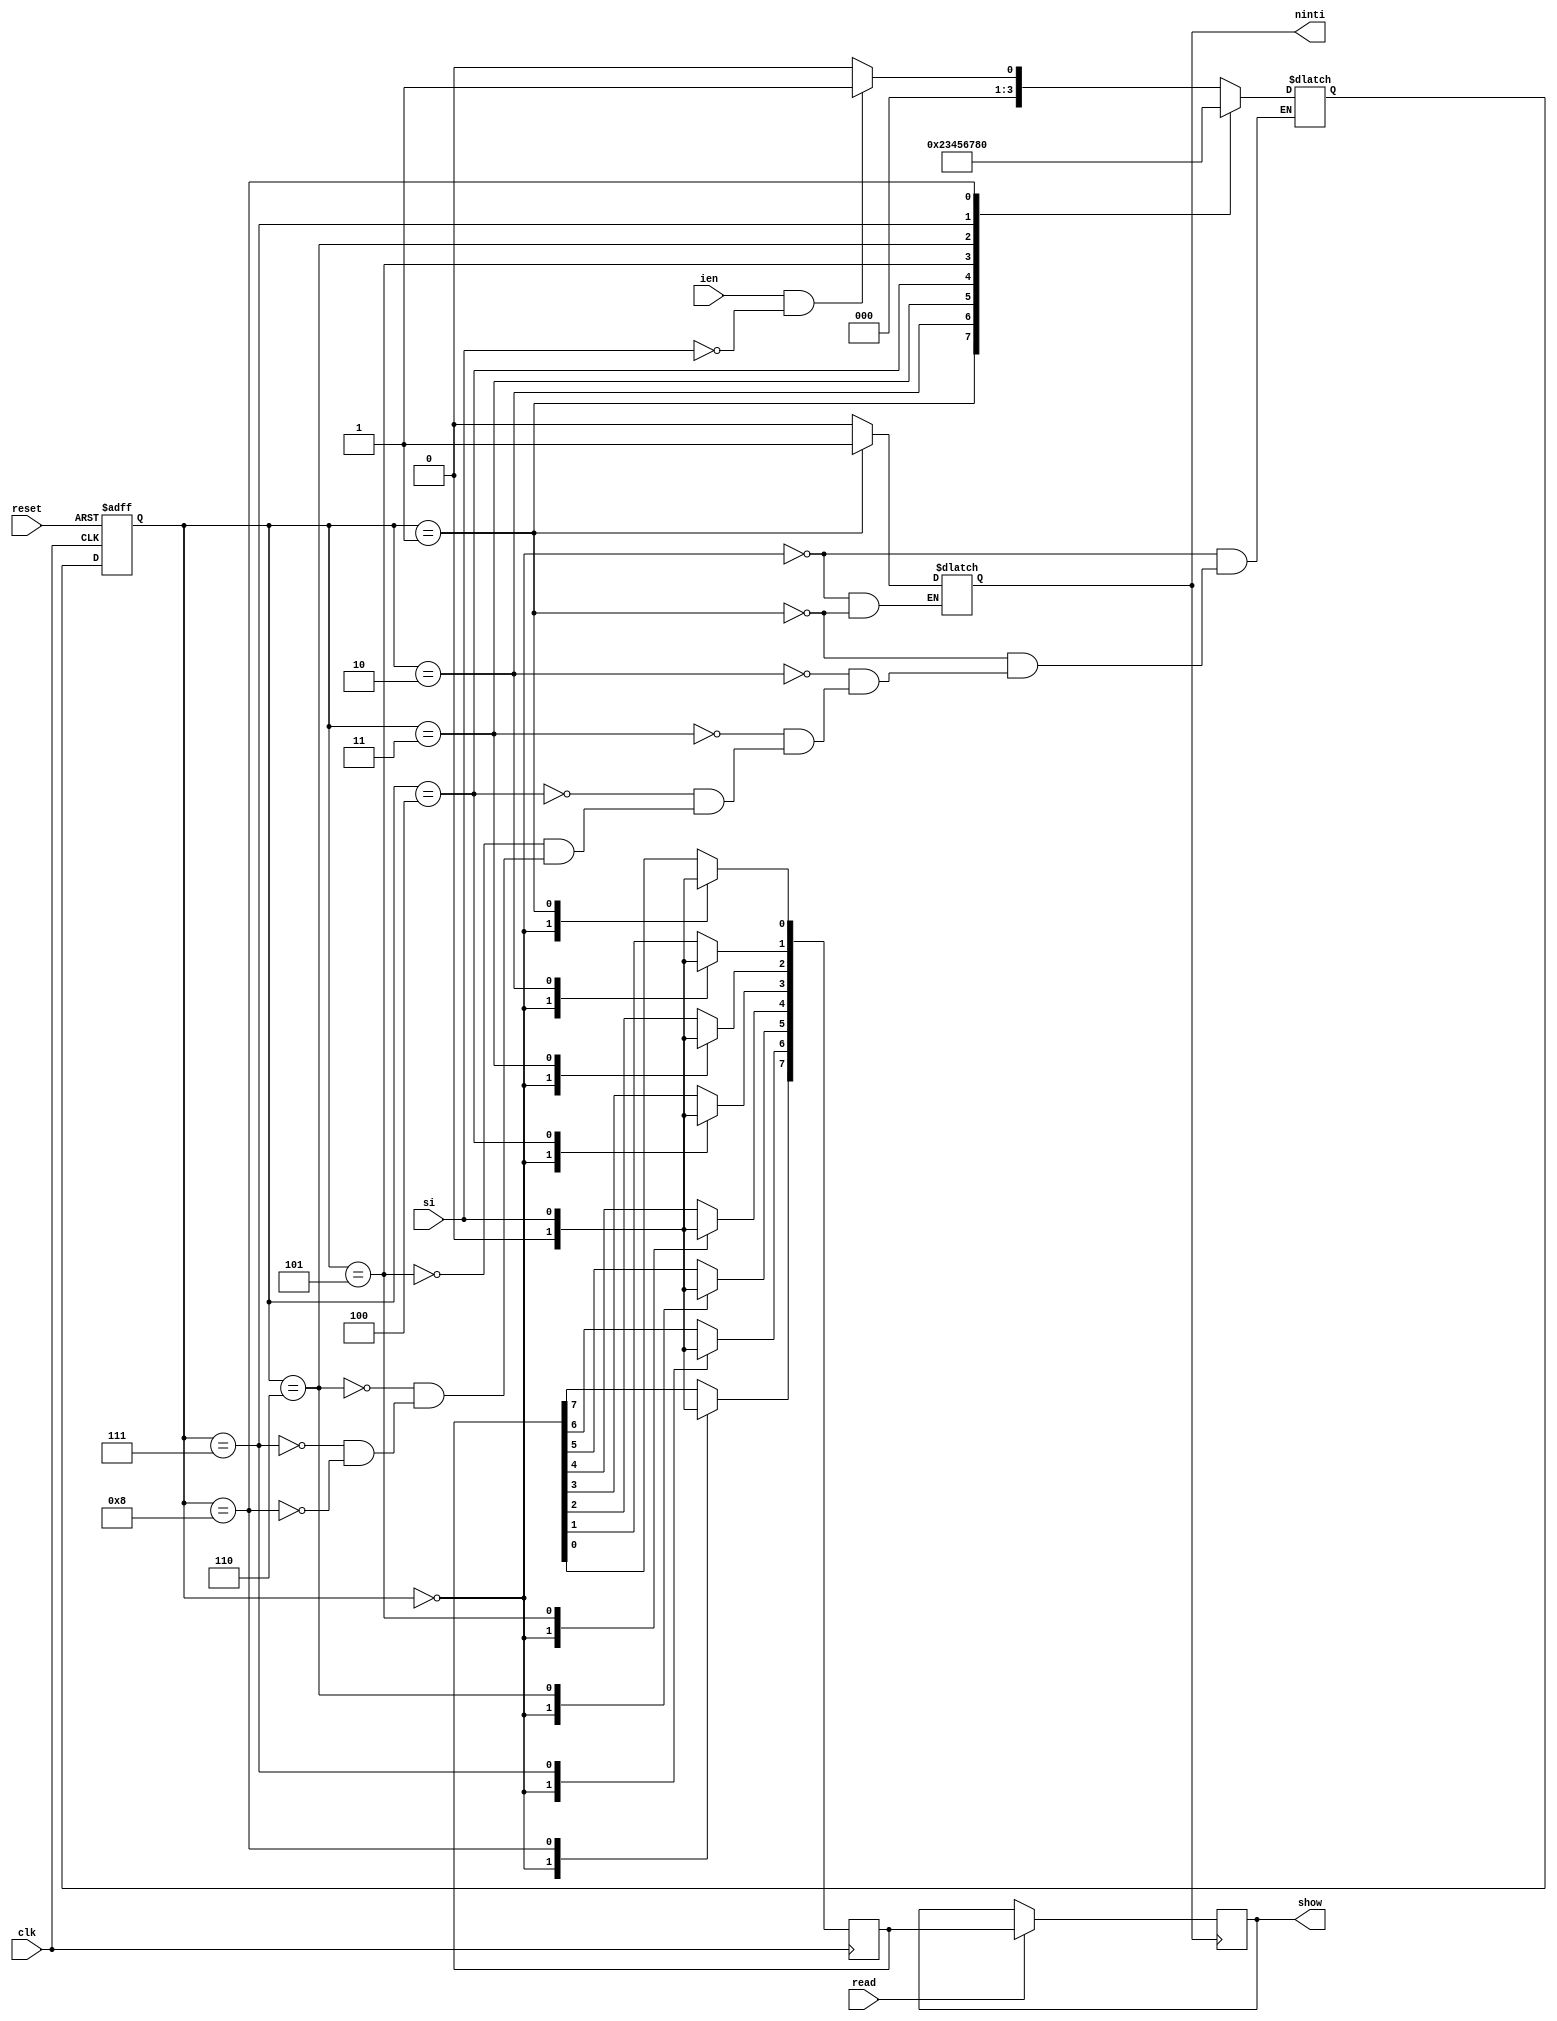
module Reciever(ninti,show,si,clk,reset,ien,read);

input clk,reset,ien,si,read;
output ninti;
output [7:0]show;

reg ninti;
reg [3:0] ns,ps;
reg [7:0] datarecieved;
reg [7:0] show;

always@(negedge clk or negedge reset)
begin
	if(~reset)
		ps <= 4'b0000;
	else
		ps <= ns;
end

always@(ps or ien or reset or si)
begin
	
case(ps)

4'b0000: begin
				ninti <= 1'b0;
				if(ien && (~si))
					ns <= 4'b0001;
				else
					ns <= 4'b0000;
			end
	
4'b0001: begin
				ninti <= 1'b1;
				ns <= 4'b0010;
			end	
			
4'b0010: begin
				ns <= 4'b0011;
			end

4'b0011: begin
				ns <= 4'b0100;
			end

4'b0100: begin
				ns <= 4'b0101;
			end

4'b0101: begin
				ns <= 4'b0110;
			end			
4'b0110: begin
				ns <= 4'b0111;
			end

4'b0111: begin
				ns <= 4'b1000;
			end

4'b1000: begin
				ns <= 4'b0000;
			end
	
endcase
end

always@(negedge clk)
begin
case(ps)

4'b0000: begin
				datarecieved <= 8'b0;
			end
	
4'b0001: begin
				datarecieved[0] <= si;
			end	
			
4'b0010: begin
				datarecieved[1] <= si;
			end

4'b0011: begin
				datarecieved[2] <= si;
			end

4'b0100: begin
				datarecieved[3] <= si;
			end

4'b0101: begin
				datarecieved[4] <= si;
			end			
4'b0110: begin
				datarecieved[5] <= si;
			end

4'b0111: begin
				datarecieved[6] <= si;
			end

4'b1000: begin
				datarecieved[7] <= si;
			end		
		
endcase
end

always@(negedge ninti)
begin
	if(read)				
		show <= datarecieved;
end		

endmodule